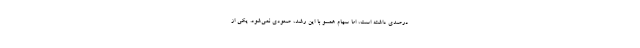
درصدی داشته است، اما سهام همسو با این رشد، صعودی نمی‌شود. یکی از